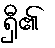
ရှီ၏